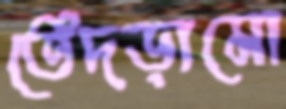
তেঁদড়ামো